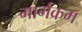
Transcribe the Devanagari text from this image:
मार्गक्रम